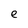
Character: e